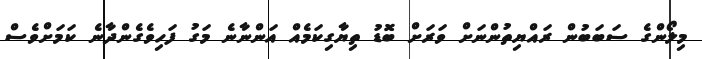
މިލޯންގެ ސަބަބުން ރައްޔިތުންނަށް ވަރަށް ބޮޑު ތިޔާގިކަމެއް އަންނާނެ މަގު ފަހިވެގެންދާނެ ކަމަށްވެސް